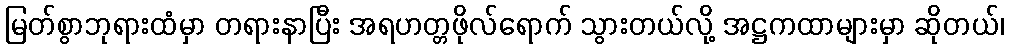
မြတ်စွာဘုရားထံမှာ တရားနာပြီး အရဟတ္တဖိုလ်ရောက် သွားတယ်လို့ အဋ္ဌကထာများမှာ ဆိုတယ်၊